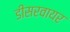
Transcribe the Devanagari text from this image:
डीसरवायर